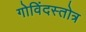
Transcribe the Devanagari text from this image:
गोविंदस्तोत्र